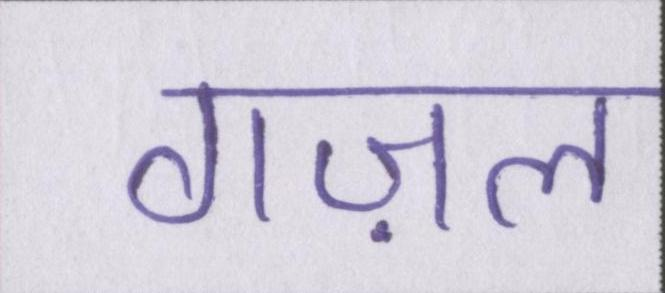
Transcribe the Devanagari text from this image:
गज़ल